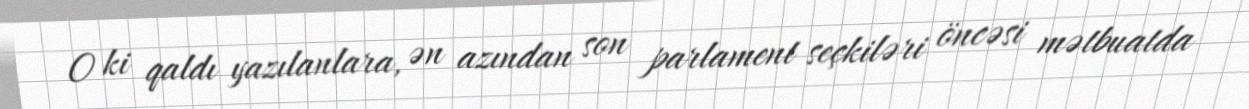
O ki qaldı yazılanlara, ən azından son parlament seçkiləri öncəsi mətbuatda